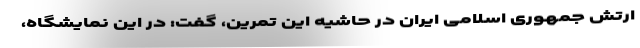
ارتش جمهوری اسلامی ایران در حاشیه این تمرین، گفت: در این نمایشگاه،